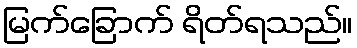
မြက်ခြောက် ရိတ်ရသည်။